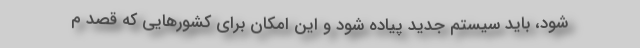
شود، باید سیستم جدید پیاده شود و این امکان برای کشورهایی که قصد م